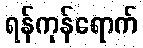
ရန်ကုန်ရောက်